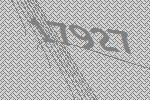
17927